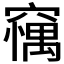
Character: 𥧼